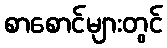
စာစောင်များတွင်